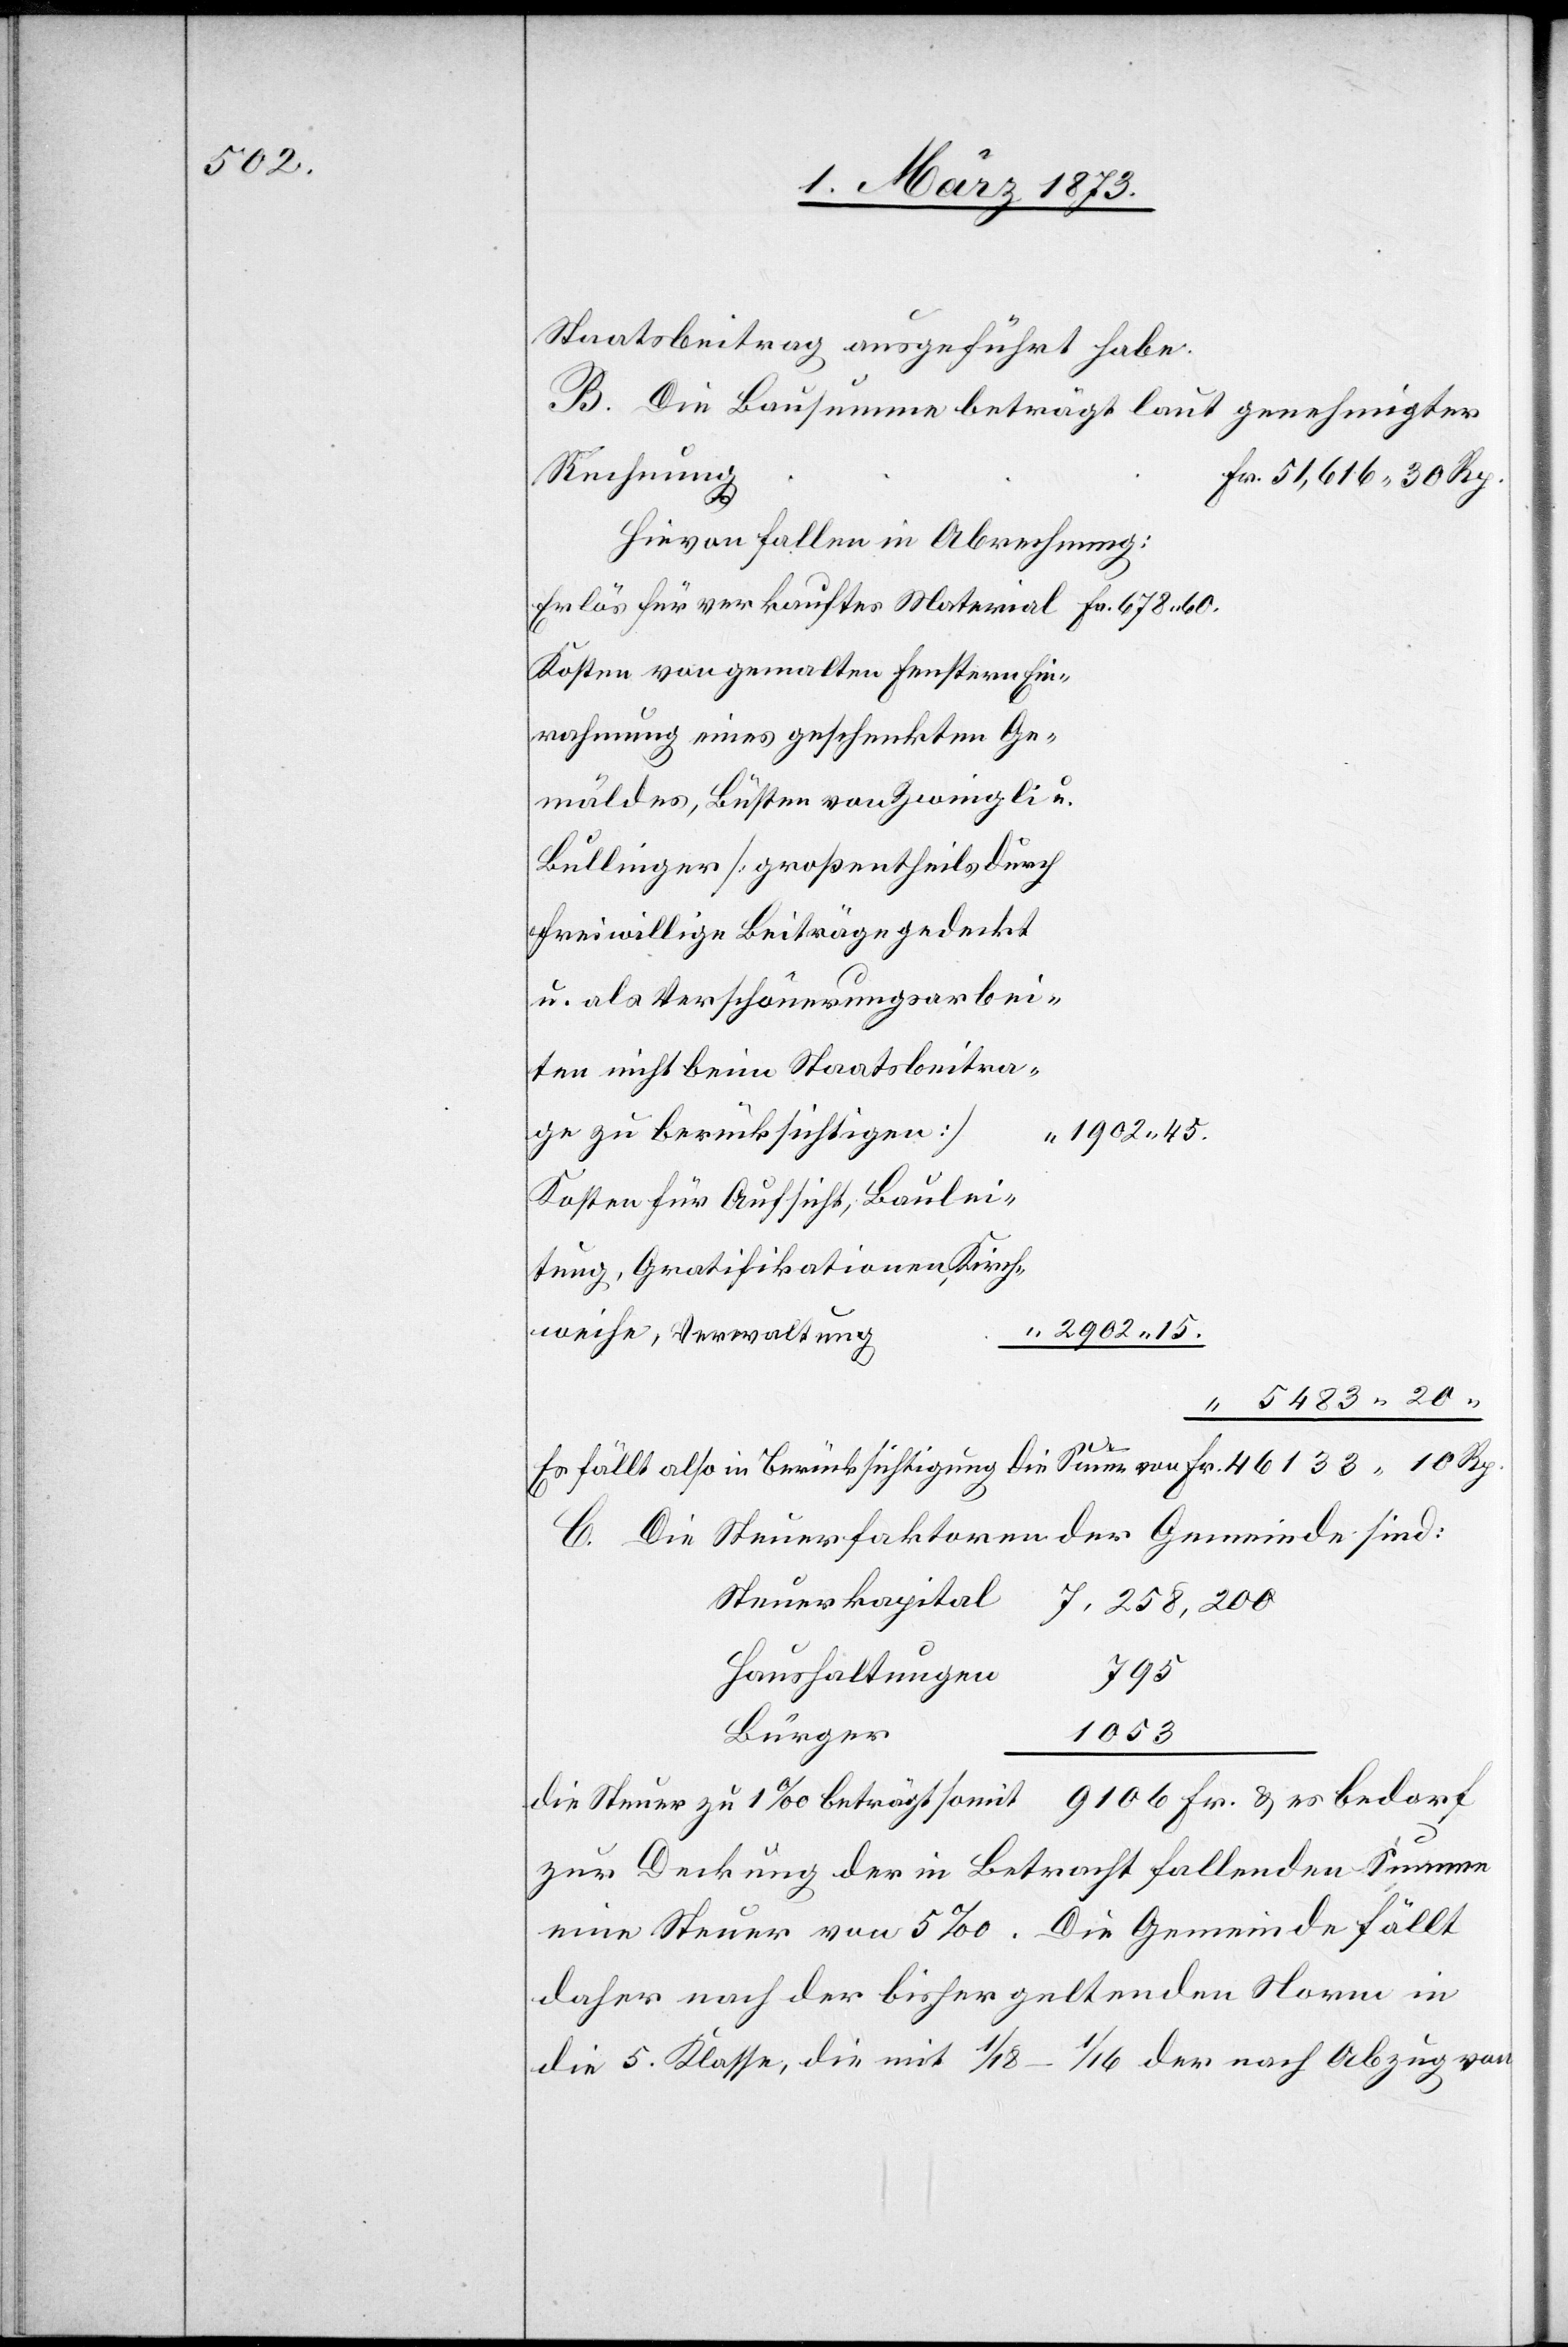
Staatsbeitrag ausgeführt habe.
B. Die Bausumme beträgt laut genehmigter
Rechnung		F¬
r. 51,616.30 Rp.
Hievon fallen in Abrechnung:
Erlös für verkauftes Material 	Fr. 678.60.
Kosten von gemalten Fenstern
Einrahmung eines geschenkten Ge¬
Bullinger [großentheils durch
freiwillige Beiträge gedeckt
u. als Verschönerungsarbeiten
nicht beim Staatsbeitrage
zu berücksichtigen]
“ 1902.45.
Kosten für Aufsicht; Bauleitung,
“ 2902.15.
“ 5483.20
Es fällt also in Berücksichtigung die Summe von Fr. 46133.10 Rp.
C. Die Steuerfaktoren der Gemeinde sind:
Steuerkapital
7,258,200
Haushaltungen
795
Bürger
1053
die Steuer zu 1‰ beträgt somit 9106 Fr. u. es bedarf
zur Deckung der in Betracht fallenden Summe
eine Steuer von 5‰. Die Gemeinde fällt
daher nach der bisher geltenden Norm in
die 5. Klasse, die mit 1/18–1/16 der nach Abzug von